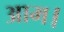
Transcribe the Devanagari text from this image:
आम।